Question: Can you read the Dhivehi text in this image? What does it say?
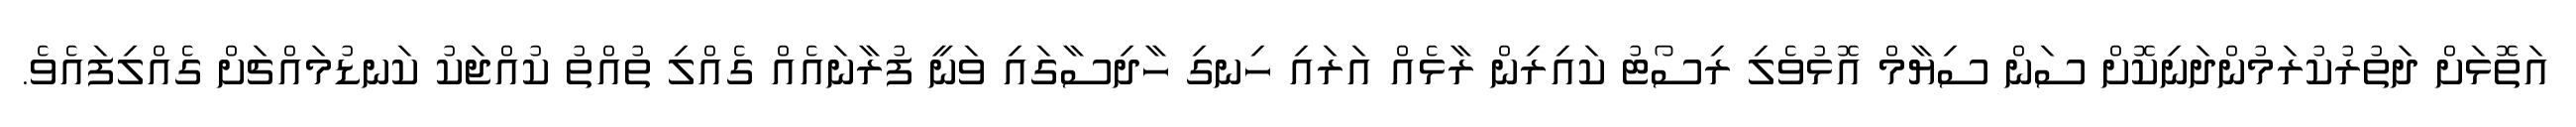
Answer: އަތޮޅަށް ދަތުރުކުރަމުންދަނިކޮށް ސަން ސިޔާމް އޮޅުވެލި ރިސޯޓު ކައިރިން ރާޅެއް އަރައި ހިނގި ހާދިސާގައި ވަނީ ފުރާނައެއް ގެއްލި ތުއްތު ކުއްޖަކު ކަނޑުމައްޗަށް ގެއްލިފައެވެ.